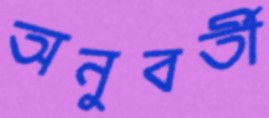
অনুবর্তী